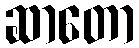
ဆာတော